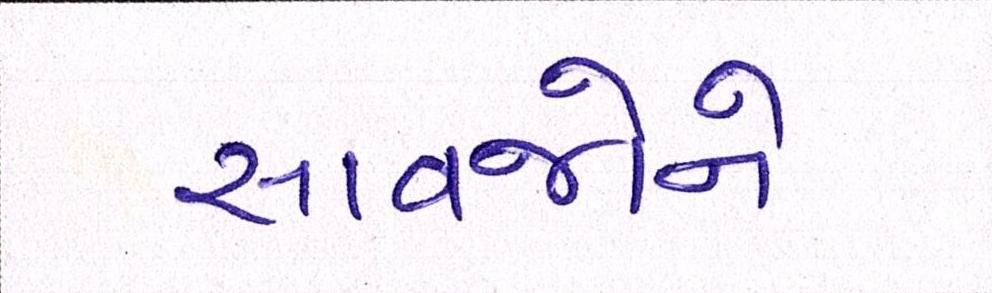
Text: સાવજોને